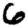
Digit: 6